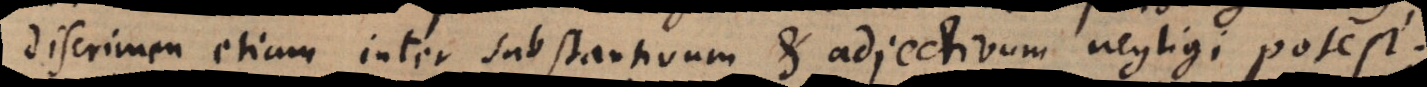
discrimen etiam inter substantivum et adjectivum negligi potest.